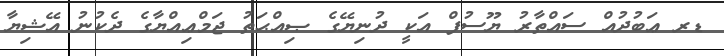
ޑރ ޢަބުދުއް ސައްތާރު ޔޫސުފް އަކީ ދުނިޔޭގެ ޞިއްޙަތު ޖަމްޢިއްޔާގެ ދެކުނު އޭޝިޔާ